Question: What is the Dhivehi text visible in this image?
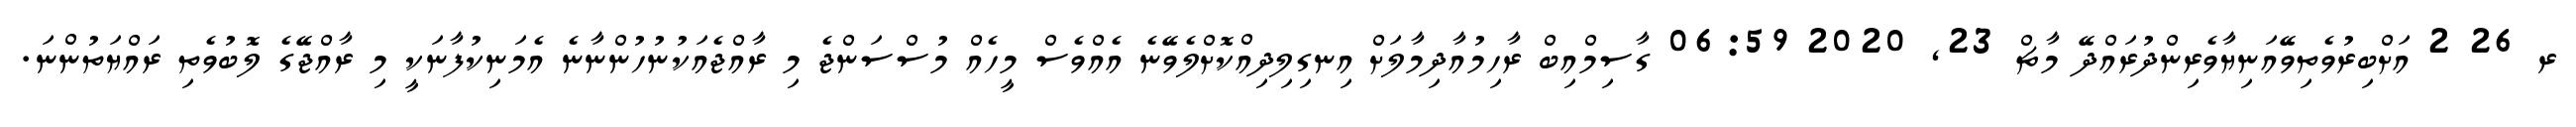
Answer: ރ 26 2 އަށްބިރުވެތިވޭއަނިޔާވެރިންދުރައްދޭ މާޗް 23, 2020 06:59 ގާސިމްއިބް ރާހިމުއާދިމާލަށް އިނގިލިދިއްކޮށްލެވޭނެ އެއްވެސް މީހެއް މުސްސަންޖެ މި ރާއްޖެއަކުނުހުންނާނެ އެމަނިކުފާނަކީ މި ރާއްޖޭގެ ލޮބުވެތި ރައްޔަތުންނަ.